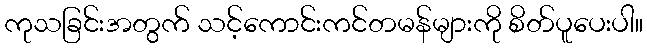
ကုသခြင်းအတွက် သင့်ကောင်းကင်တမန်များကို စိတ်ပူပေးပါ။